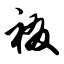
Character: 裰